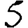
Digit: 5